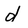
Character: d